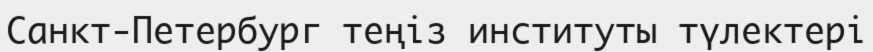
Санкт-Петербург теңіз институты түлектері